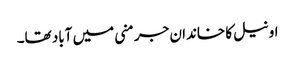
اونیل کا خاندان جرمنی میں آباد تھا۔